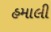
હમાલી